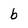
Character: b